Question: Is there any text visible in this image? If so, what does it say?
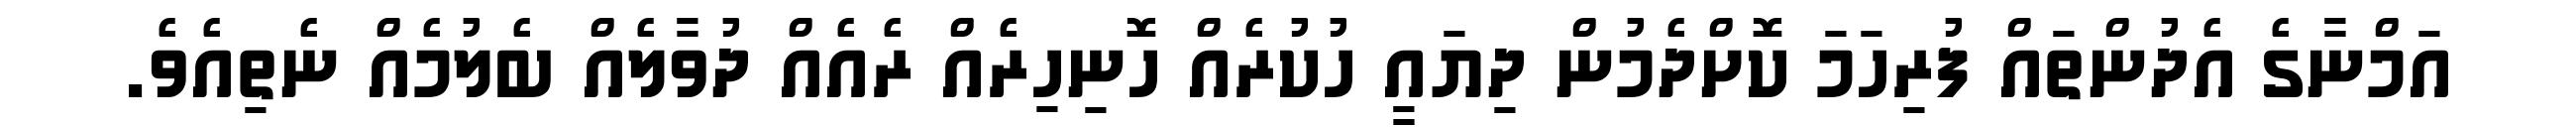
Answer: އަމްނާގެ އެދުންތައް ފުރިހަމަ ކޮށްދެމުން ދިޔައީ ހުކުރެއް ހޮނިހިރެއް ރެއެއް ދުވާލެއް ބެލުމެއް ނެތިއެވެ.